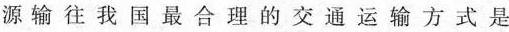
源输往我国最合理的交通运输方式是